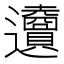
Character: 𨙜